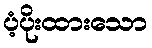
ပံ့ပိုးထားသော